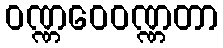
ဝဏ္ဏဝေဝဏ္ဏတာ